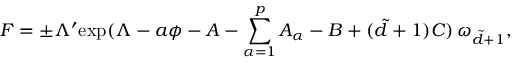
F = \pm \Lambda ^ { \prime } \mathrm { e x p } ( \Lambda - a \phi - A - \sum _ { \alpha = 1 } ^ { p } A _ { \alpha } - B + ( \tilde { d } + 1 ) C ) \, \omega _ { \tilde { d } + 1 } ,